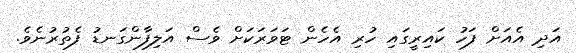
އަދި އެއަށް ފަހު ކައިރީގައި ހުރި އެހެން ޓަވަރަކަށް ވެސް އަލިފާންގަނޑު ފެތުރުނެވެ.